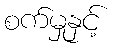
စက်မှုနှင့်